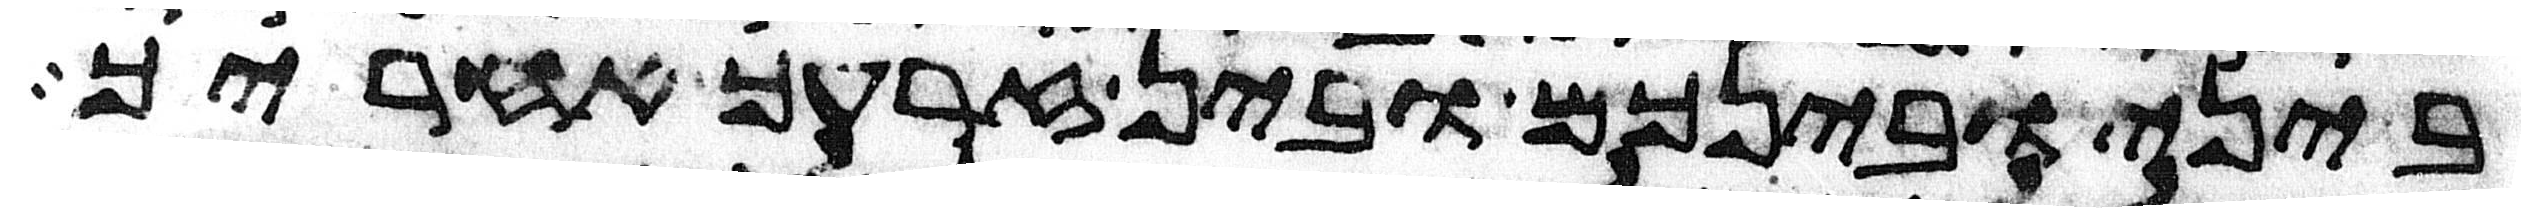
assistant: ביני ובינכם ובין זרעך אחריך